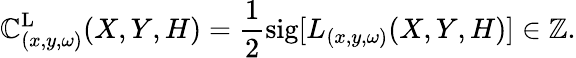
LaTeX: \mathbb{C}_{(x,y,\omega)}^{\textrm{{L}}}(X,Y,H)=\frac{{1}}{{2}}\textrm{{sig}}[L_{(x,y,\omega)}(X,Y,H)]\in\mathbb{{Z}}.